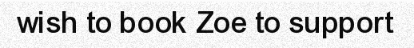
wish to book Zoe to support